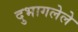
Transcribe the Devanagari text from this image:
दुभागलेले